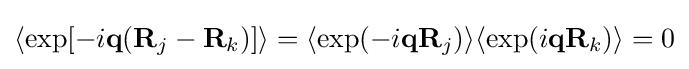
\langle \exp[-i\mathbf {q} (\mathbf {R} _{j}-\mathbf {R} _{k})]\rangle =\langle \exp(-i\mathbf {q} \mathbf {R} _{j})\rangle \langle \exp(i\mathbf {q} \mathbf {R} _{k})\rangle =0